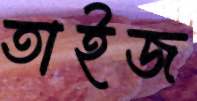
তাইজ